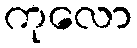
ကုလော